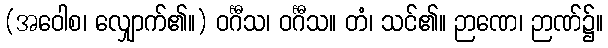
(အဝေါစ၊ လျှောက်၏။) ဝင်္ဂီသ၊ ဝင်္ဂီသ။ တံ၊ သင်၏။ ဉာဏေ၊ ဉာဏ်၌။